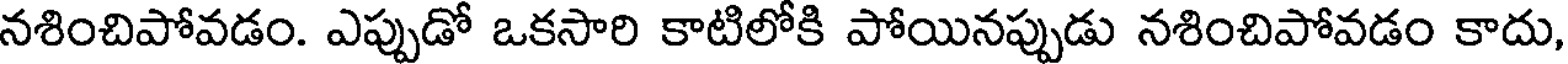
నశించిపోవడం. ఎప్పుడో ఒకసారి కాటిలోకి పోయినప్పుడు నశించిపోవడం కాదు